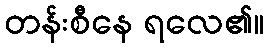
တန်းစီနေ ရလေ၏။